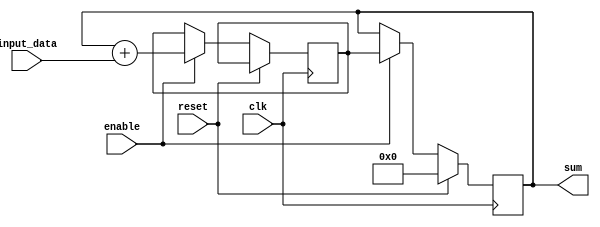
module accumulator (
    input wire clk,
    input wire reset,
    input wire [7:0] input_data,
    input wire enable,
    output reg [15:0] sum
);

reg [15:0] temp_sum;

always @(posedge clk) begin
    if (reset) begin
        sum <= 16'd0;
    end else if (enable) begin
        temp_sum <= sum + input_data;
        sum <= temp_sum;
    end
end

endmodule